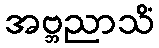
အဗ္ဘညာသိံ